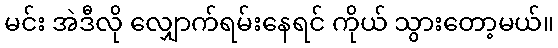
မင်း အဲဒီလို လျှောက်ရမ်းနေရင် ကိုယ် သွားတော့မယ်။